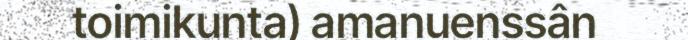
toimikunta) amanuenssân